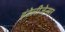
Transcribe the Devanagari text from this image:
इंटेलीजेन्सर